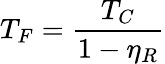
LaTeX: \displaystyle T_{F}=\frac{T_{C}}{1-\eta_{R}}